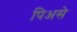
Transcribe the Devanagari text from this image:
पिअसे